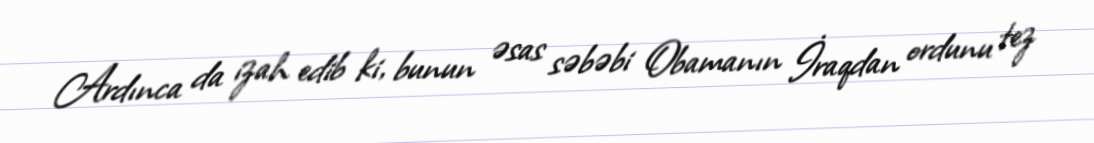
Ardınca da izah edib ki, bunun əsas səbəbi Obamanın İraqdan ordunu tez